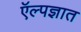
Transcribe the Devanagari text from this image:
ऍल्पज्ञात